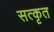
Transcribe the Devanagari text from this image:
सत्कृत